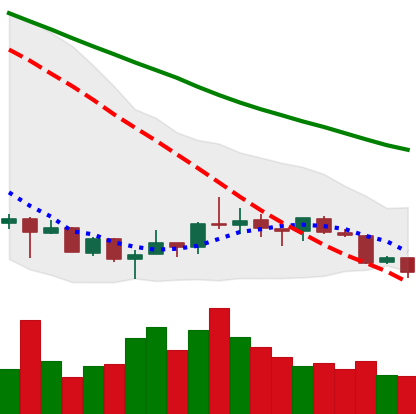
Ticker: XRP-USD
Chart end date: 2018-07-12
Forward return: 16.13%
Label: up_7plus